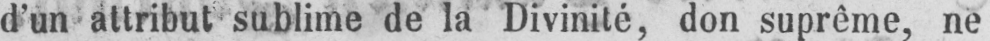
d’un attribut sublime de la Divinité, don suprême, ne